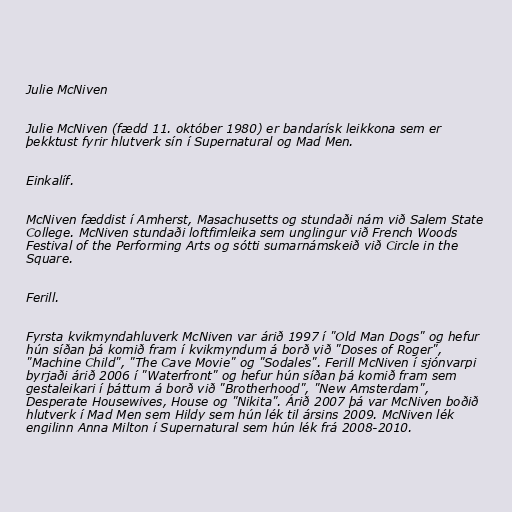
Julie McNiven

Julie McNiven (fædd 11. október 1980) er bandarísk leikkona sem er
þekktust fyrir hlutverk sín í Supernatural og Mad Men.

Einkalíf.

McNiven fæddist í Amherst, Masachusetts og stundaði nám við Salem State
College. McNiven stundaði loftfimleika sem unglingur við French Woods
Festival of the Performing Arts og sótti sumarnámskeið við Circle in the
Square.

Ferill.

Fyrsta kvikmyndahluverk McNiven var árið 1997 í "Old Man Dogs" og hefur
hún síðan þá komið fram í kvikmyndum á borð við "Doses of Roger",
"Machine Child", "The Cave Movie" og "Sodales". Ferill McNiven í sjónvarpi
byrjaði árið 2006 í "Waterfront" og hefur hún síðan þá komið fram sem
gestaleikari í þáttum á borð við "Brotherhood", "New Amsterdam",
Desperate Housewives, House og "Nikita". Árið 2007 þá var McNiven boðið
hlutverk í Mad Men sem Hildy sem hún lék til ársins 2009. McNiven lék
engilinn Anna Milton í Supernatural sem hún lék frá 2008-2010.